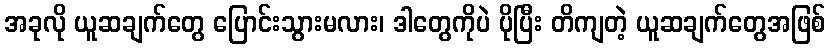
အခုလို ယူဆချက်တွေ ပြောင်းသွားမလား၊ ဒါတွေကိုပဲ ပိုပြီး တိကျတဲ့ ယူဆချက်တွေအဖြစ်